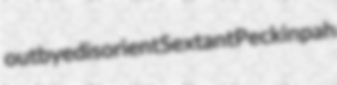
outbye disorient Sextant Peckinpah